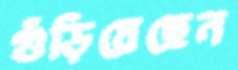
গুঁড়িয়েছেন